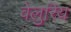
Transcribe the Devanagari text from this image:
वेलुरिय